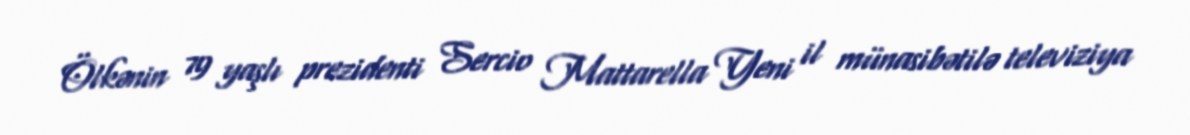
Ölkənin 79 yaşlı prezidenti Sercio Mattarella Yeni il münasibətilə televiziya